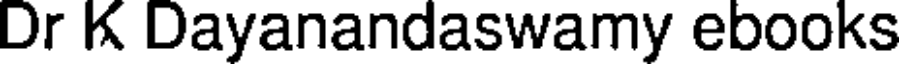
Dr K Dayanandaswamy ebooks